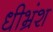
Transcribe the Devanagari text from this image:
धीभ्रंश